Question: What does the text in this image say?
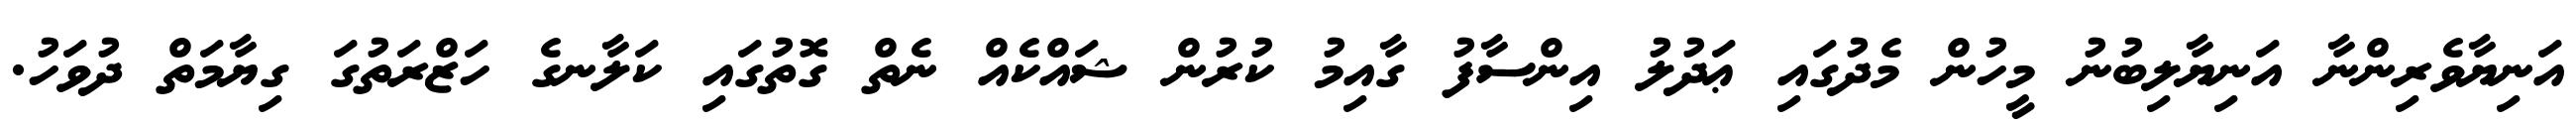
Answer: އަނިޔާވެރިންނާ އަނިޔާލިބުނު މީހުން މެދުގައި ޢަދުލު އިންސާފު ގާއިމު ކުރުން ޝައްކެއް ނެތް ގޮތުގައި ކަލާނގެ ހަޒްރަތުގަ ގިޔާމަތް ދުވަހު.